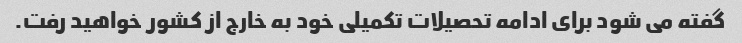
گفته می شود برای ادامه تحصیلات تکمیلی خود به خارج از کشور خواهید رفت.